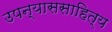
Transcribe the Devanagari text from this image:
उपन्याससाहित्य